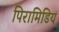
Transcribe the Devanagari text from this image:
पिरामिडिय